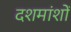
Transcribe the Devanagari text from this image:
दशमांशों